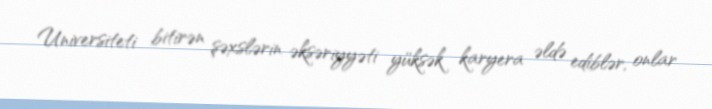
Universiteti bitirən şəxslərin əksəriyyəti yüksək karyera əldə ediblər, onlar